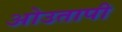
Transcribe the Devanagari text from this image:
ओउतापी